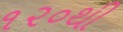
૧૨૦થી